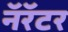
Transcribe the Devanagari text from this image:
नॅरॅटर